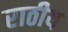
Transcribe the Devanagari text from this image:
राठीय